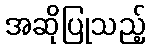
အဆိုပြုသည့်